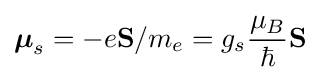
{\boldsymbol {\mu }}_{s}=-e\mathbf {S} /m_{e}=g_{s}{\frac {\mu _{B}}{\hbar }}\mathbf {S} \,\!